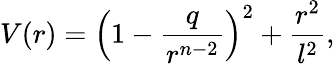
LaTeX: V(r)=\left(1-{\frac{q}{r^{n-2}}}\right)^{2}+{\frac{r^{2}}{l^{2}}},